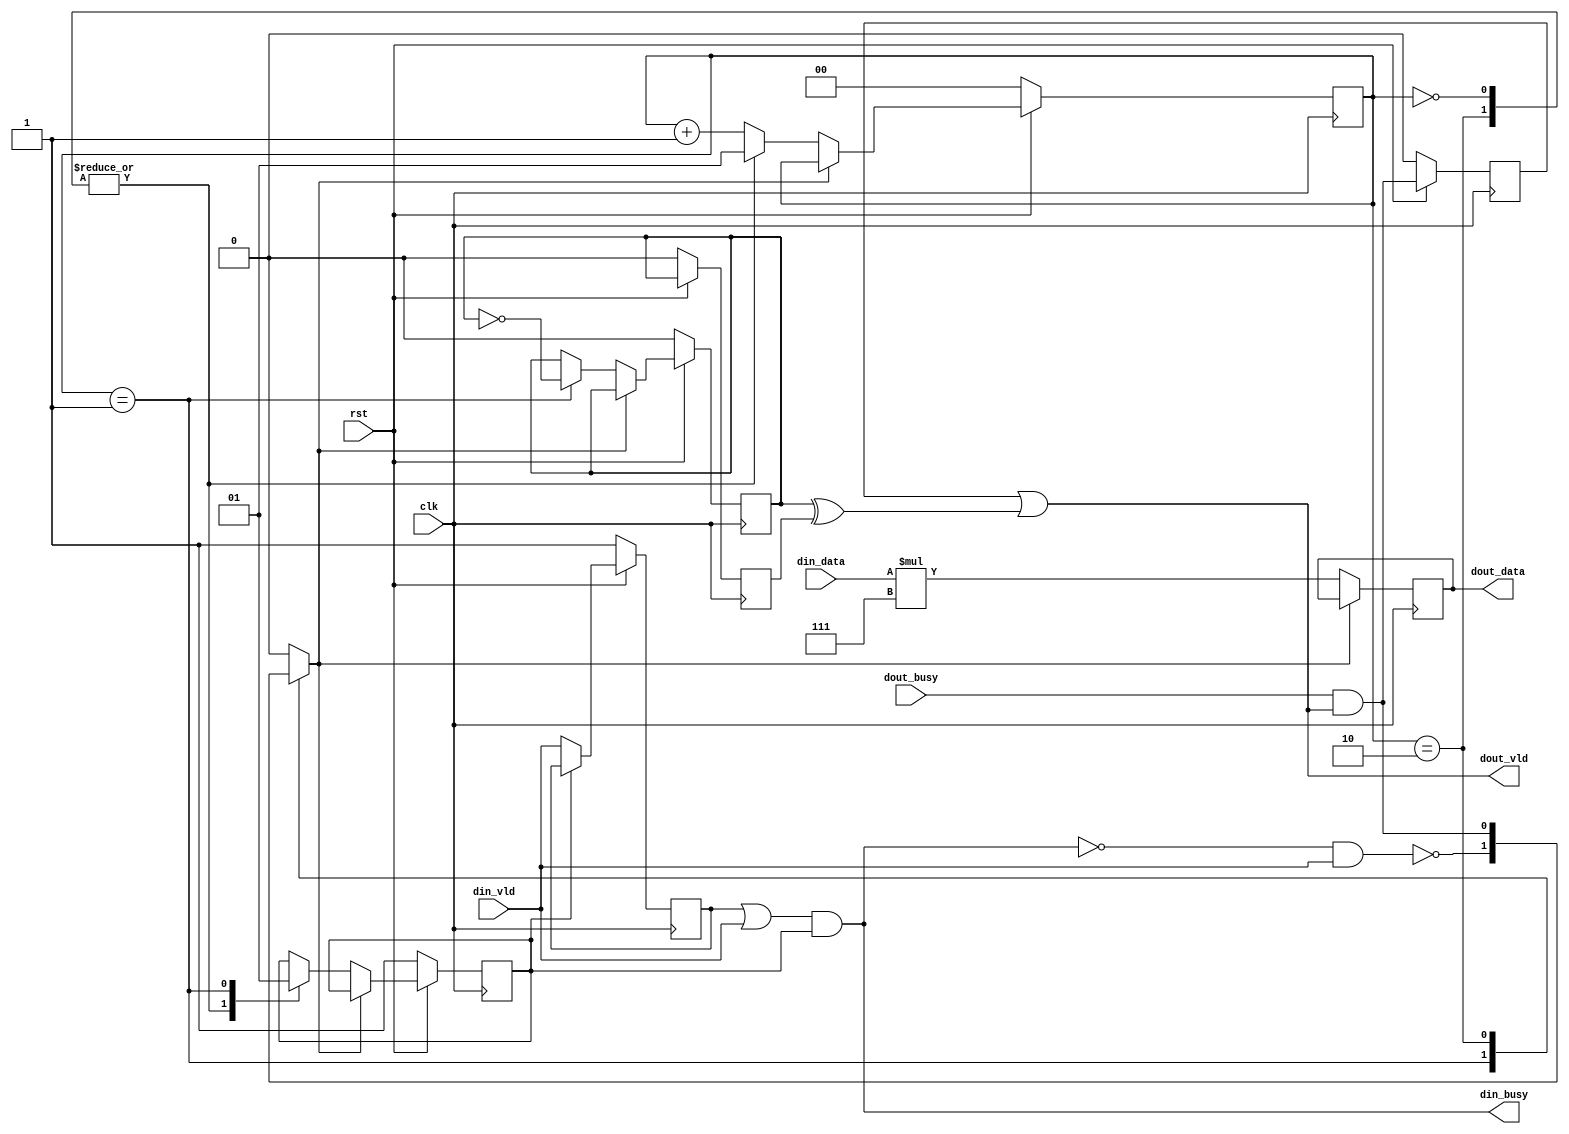
// Generated by stratus_hls 17.20-p100  (88533.190925)
// Mon Nov 16 23:44:47 2020
// from dut.cc

`timescale 1ps / 1ps

      
module dut(clk, rst, din_busy, din_vld, din_data, dout_busy, dout_vld, dout_data);

      input clk;
      input rst;
      input din_vld;
      input [7:0] din_data;
      input dout_busy;
      output din_busy;
      output dout_vld;
      output [10:0] dout_data;
      reg [10:0] dout_data;
      reg dout_m_req_m_prev_trig_req;
      reg dout_m_unacked_req;
      wire dut_Xor_1Ux1U_1U_4_9_out1;
      wire dut_Or_1Ux1U_1U_4_10_out1;
      reg dut_N_Muxb_1_2_0_4_1_out1;
      wire dut_And_1Ux1U_1U_4_5_out1;
      wire dut_Not_1U_1U_4_4_out1;
      reg din_m_unvalidated_req;
      wire dut_Or_1Ux1U_1U_4_2_out1;
      wire dut_And_1Ux1U_1U_4_3_out1;
      reg[1:0] global_state_next;
      wire dut_Not_1U_1U_4_6_out1;
      wire dut_And_1Ux1U_1U_4_11_out1;
      wire dut_Not_1U_1U_4_12_out1;
      reg dout_m_req_m_trig_req;
      reg[1:0] global_state;
      reg din_m_busy_req_0;
      wire[10:0] dut_Mul_8Ux3U_11U_4_13_out1;
      reg stall0;

         // resource: regr_11
         always @(posedge clk)
          begin :drive_dout_data
            if (stall0) begin
            end
            else begin
               dout_data <= dut_Mul_8Ux3U_11U_4_13_out1;
            end
         end

         // resource: mux_1bx2i
         // resource: regr_1
         always @(posedge clk)
          begin :drive_din_m_busy_req_0
            if (rst == 1'b0) begin
               din_m_busy_req_0 <= 1'd1;
            end
            else begin
               if (stall0) begin
               end
               else begin
                  case (global_state) 

                     2'd0, 2'd2: begin
                        din_m_busy_req_0 <= 1'd0;
                     end
                     
                     2'd1: begin
                        din_m_busy_req_0 <= 1'd1;
                     end
                     
                  endcase

               end
            end
         end

         // resource: regr_1
         always @(posedge clk)
          begin :drive_dout_m_req_m_trig_req
            if (rst == 1'b0) begin
               dout_m_req_m_trig_req <= 1'd0;
            end
            else begin
               if (stall0) begin
               end
               else begin
                  case (global_state) 

                     2'd1: begin
                        dout_m_req_m_trig_req <= dut_Not_1U_1U_4_12_out1;
                     end
                     
                  endcase

               end
            end
         end

         // resource: mux_1bx3i
         always @(dut_Not_1U_1U_4_6_out1 or dut_And_1Ux1U_1U_4_11_out1 or global_state)
          begin :drive_stall0
            case (global_state) 

               2'd1: begin
                  stall0 = dut_Not_1U_1U_4_6_out1;
               end
               
               2'd2: begin
                  stall0 = dut_And_1Ux1U_1U_4_11_out1;
               end
               
               default: begin
                  stall0 = 1'b0;
               end
               
            endcase

         end

         // resource: dut_Mul_8Ux3U_11U_4  instance: dut_Mul_8Ux3U_11U_4_13
         assign dut_Mul_8Ux3U_11U_4_13_out1 = {3'b000, din_data}*11'd0007;

         // resource: regr_2
         always @(posedge clk)
          begin :drive_global_state
            if (rst == 1'b0) begin
               global_state <= 2'd0;
            end
            else begin
               if (stall0) begin
               end
               else begin
                  global_state <= global_state_next;
               end
            end
         end

         // resource: mux_2bx2i
         always @(global_state)
          begin :drive_global_state_next
            case (global_state) 

               2'd0, 2'd2: begin
                  global_state_next = 2'd1;
               end
               
               default: begin
                  global_state_next = global_state + 2'd1;
               end
               
            endcase

         end

         // thread: drive_din_busy
         assign din_busy = dut_And_1Ux1U_1U_4_3_out1;

         // resource: dut_Or_1Ux1U_1U_4  instance: dut_Or_1Ux1U_1U_4_2
         assign dut_Or_1Ux1U_1U_4_2_out1 = din_m_unvalidated_req | din_vld;

         // resource: dut_And_1Ux1U_1U_4  instance: dut_And_1Ux1U_1U_4_3
         assign dut_And_1Ux1U_1U_4_3_out1 = dut_Or_1Ux1U_1U_4_2_out1 & din_m_busy_req_0;

         // resource: dut_Not_1U_1U_4  instance: dut_Not_1U_1U_4_4
         assign dut_Not_1U_1U_4_4_out1 = !dut_And_1Ux1U_1U_4_3_out1;

         // resource: dut_And_1Ux1U_1U_4  instance: dut_And_1Ux1U_1U_4_5
         assign dut_And_1Ux1U_1U_4_5_out1 = dut_Not_1U_1U_4_4_out1 & din_vld;

         // resource: dut_Not_1U_1U_4  instance: dut_Not_1U_1U_4_6
         assign dut_Not_1U_1U_4_6_out1 = !dut_And_1Ux1U_1U_4_5_out1;

         // resource: regr_1
         always @(posedge clk)
          begin :drive_din_m_unvalidated_req
            if (rst == 1'b0) begin
               din_m_unvalidated_req <= 1'd1;
            end
            else begin
               din_m_unvalidated_req <= dut_N_Muxb_1_2_0_4_1_out1;
            end
         end

         // resource:dut_N_Muxb_1_2_0_4
         always @(din_vld or din_m_busy_req_0 or din_m_unvalidated_req)
          begin :dut_N_Muxb_1_2_0_4_1
            if (din_m_busy_req_0) begin
               dut_N_Muxb_1_2_0_4_1_out1 = din_m_unvalidated_req;
            end
            else begin
               dut_N_Muxb_1_2_0_4_1_out1 = din_vld;
            end
         end

         // thread: drive_dout_vld
         assign dout_vld = dut_Or_1Ux1U_1U_4_10_out1;

         // resource: dut_Or_1Ux1U_1U_4  instance: dut_Or_1Ux1U_1U_4_10
         assign dut_Or_1Ux1U_1U_4_10_out1 = dout_m_unacked_req | dut_Xor_1Ux1U_1U_4_9_out1;

         // resource: regr_1
         always @(posedge clk)
          begin :drive_dout_m_unacked_req
            if (rst == 1'b0) begin
               dout_m_unacked_req <= 1'd0;
            end
            else begin
               dout_m_unacked_req <= dut_And_1Ux1U_1U_4_11_out1;
            end
         end

         // resource: dut_And_1Ux1U_1U_4  instance: dut_And_1Ux1U_1U_4_11
         assign dut_And_1Ux1U_1U_4_11_out1 = dout_busy & dout_vld;

         // resource: dut_Xor_1Ux1U_1U_4  instance: dut_Xor_1Ux1U_1U_4_9
         assign dut_Xor_1Ux1U_1U_4_9_out1 = dout_m_req_m_trig_req ^ dout_m_req_m_prev_trig_req;

         // resource: regr_1
         always @(posedge clk)
          begin :drive_dout_m_req_m_prev_trig_req
            if (rst == 1'b0) begin
               dout_m_req_m_prev_trig_req <= 1'd0;
            end
            else begin
               dout_m_req_m_prev_trig_req <= dout_m_req_m_trig_req;
            end
         end

         // resource: dut_Not_1U_1U_4  instance: dut_Not_1U_1U_4_12
         assign dut_Not_1U_1U_4_12_out1 = !dout_m_req_m_trig_req;


endmodule